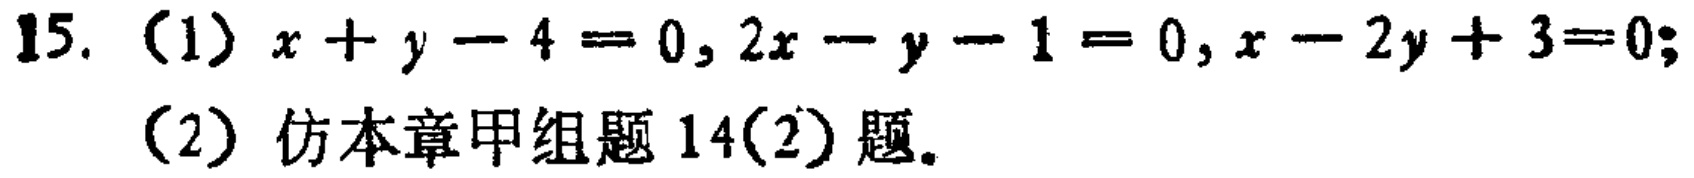
15. (1) \(x + y - 4 = 0,2x - y - 1 = 0,x - 2y + 3 = 0\);
(2) 仿本章甲组题14(2)题。